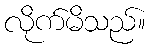
လိုက်မိသည်။